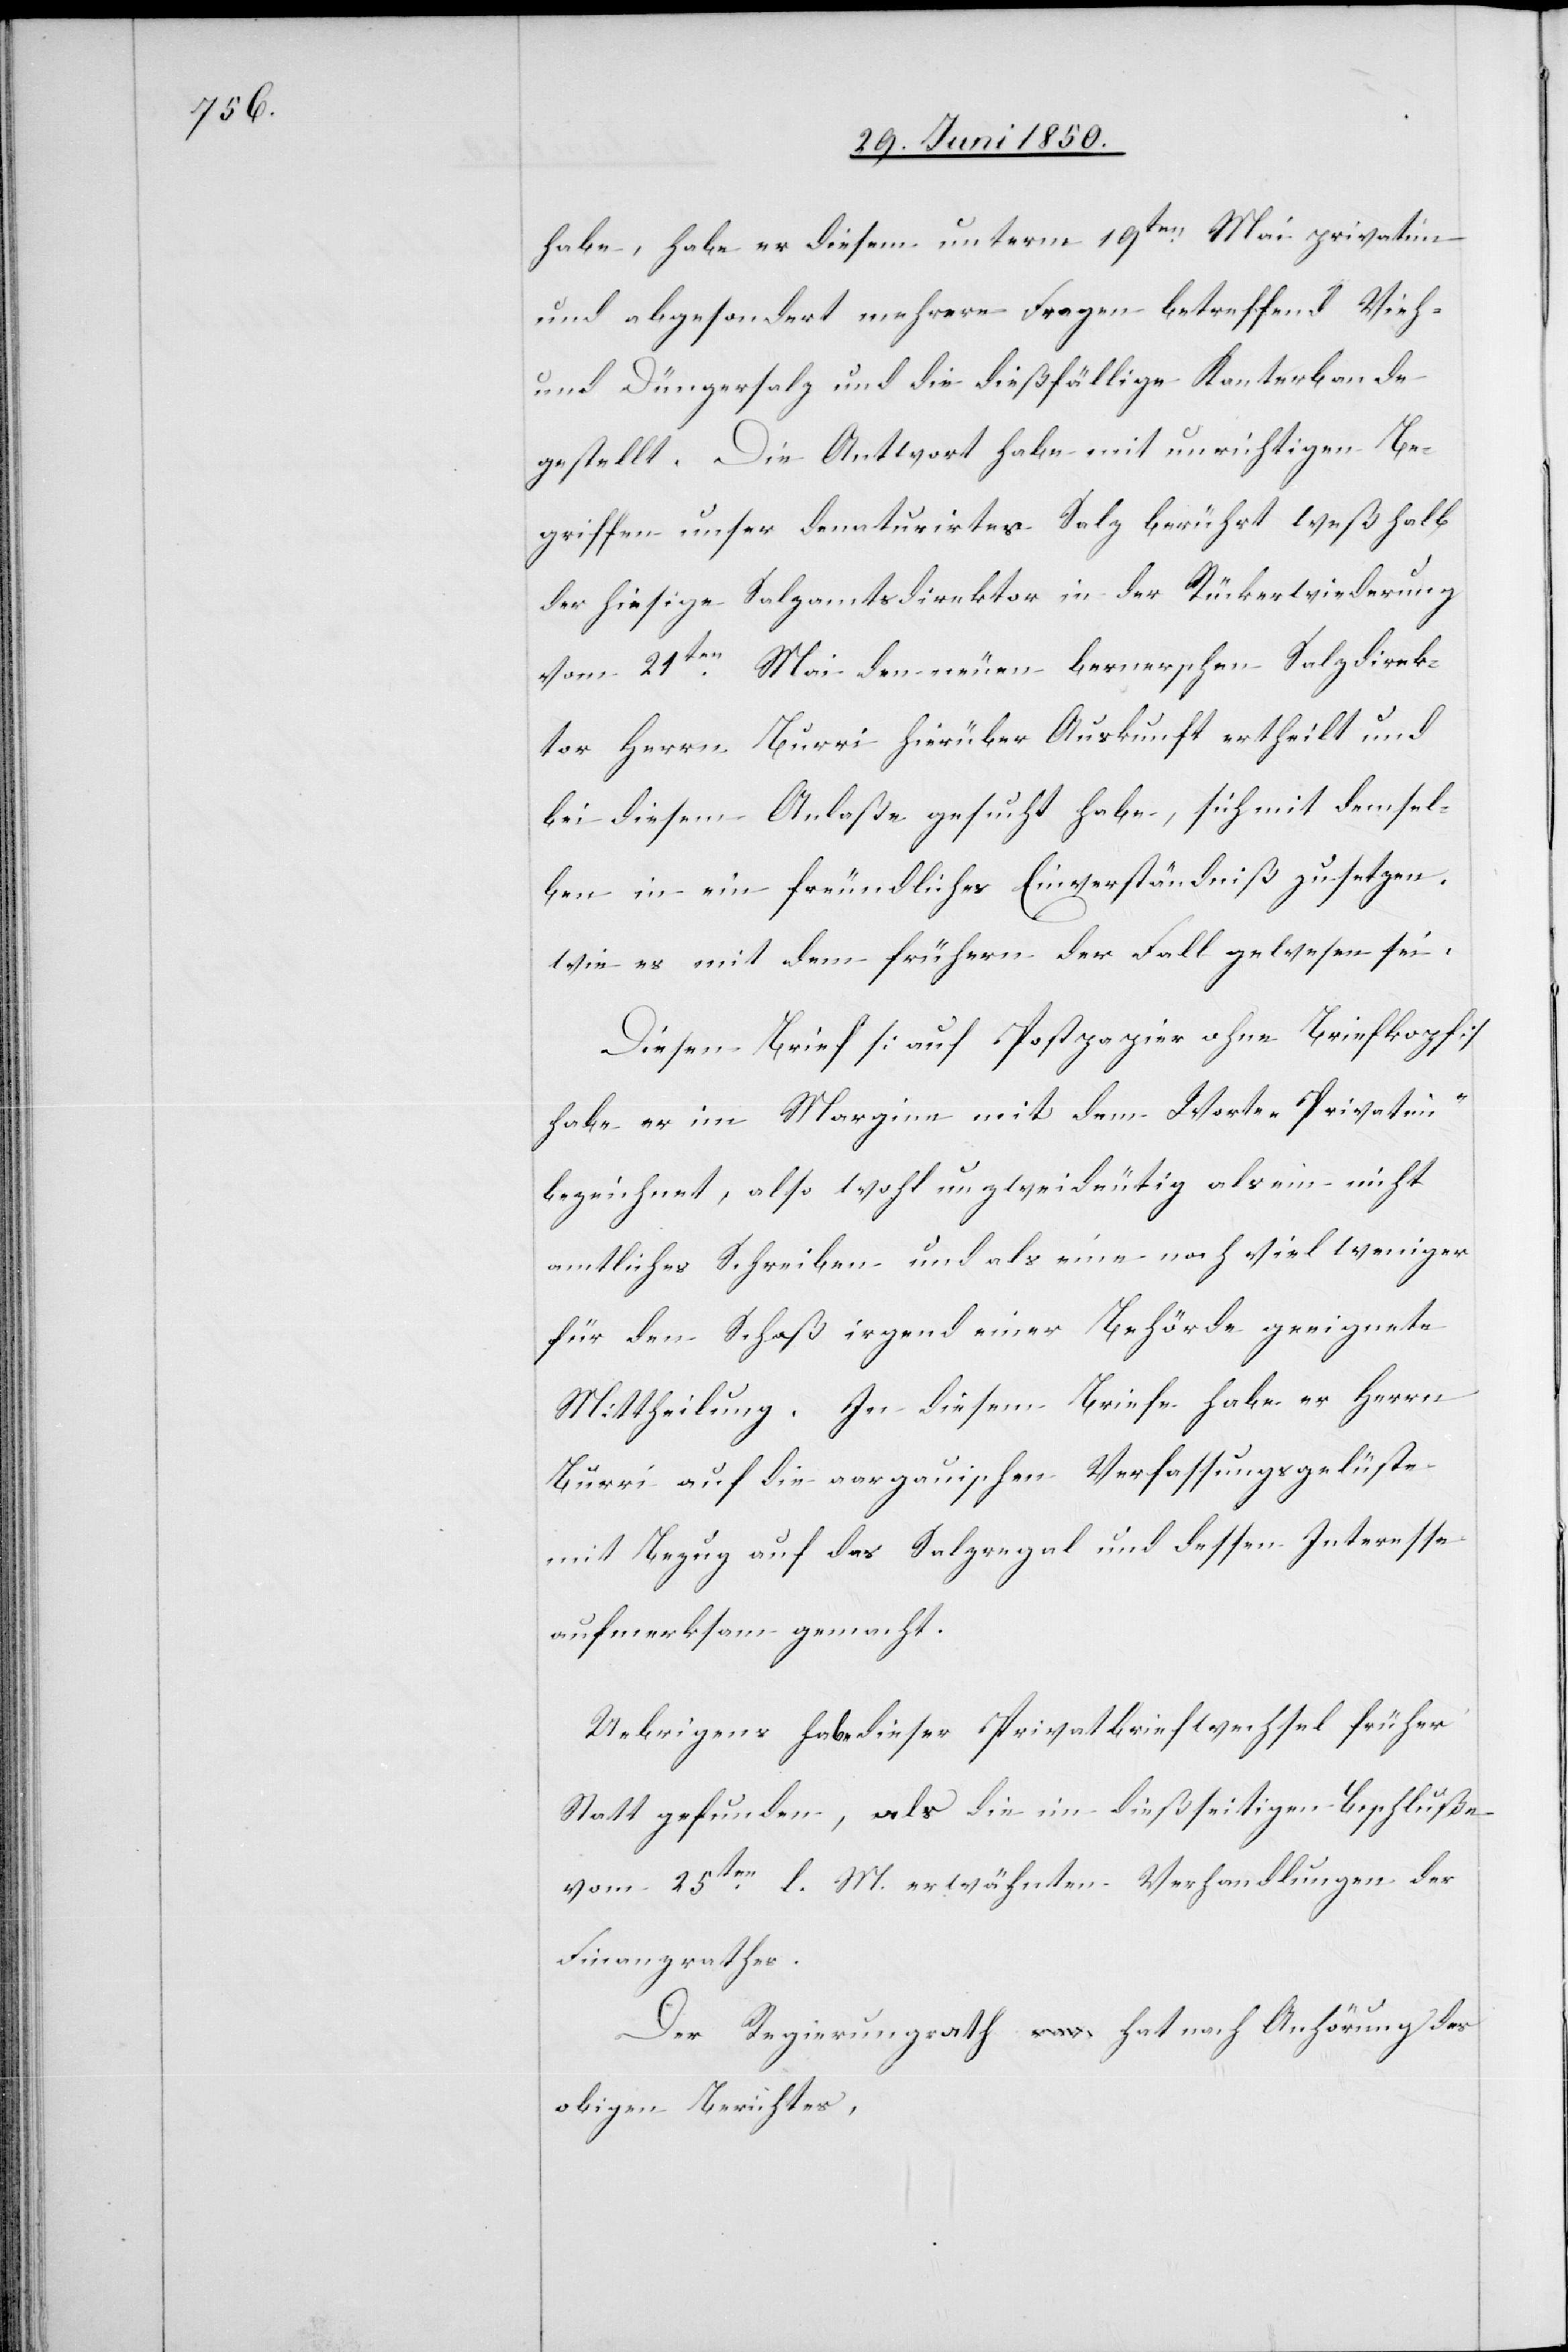
habe, habe er diesem unterm 19ten Mai privatim
und abgesondert mehrere Fragen betreffend Vieh-
und Düngersalz und die dießfällige Konterbande
gestellt. Die Antwort habe mit unrichtigen Be¬
griffen unser denaturirtes Salz berührt weßhalb
der hiesige Salzamtsdirektor in der Rückerwiederung
vom 21ten Mai den neuen bernerschen Salzdirek¬
tor Herrn Burri hierüber Auskunft ertheilt und
bei diesem Anlaße gesucht habe, sich mit demsel¬
ben in ein freundliches Einverständniß zu setzen,
wie es mit dem frühern der Fall gewesen sei.
Diesem Brief [auf Postpapier ohne Briefkopf]
habe er im Margine mit dem Worte „Privatim“
bezeichnet, also wohl unzweideutig als ein nicht
amtliches Schreiben und als eine noch viel weniger
für den Schoß irgend einer Behörde geeignete
Mittheilung. In diesem Briefe habe er Herrn
Burri auf die aargauischen Verfassungsgelüste
mit Bezug auf das Salzregal und dessen Interesse
aufmerksam gemacht.
Uebrigens habe dieser Privatbriefwechsel früher
Statt gefunden, als die im dießseitigen Beschluße
vom 25ten l. M. erwähnten Verhandlungen der
Finanzrathes
Der Regierungsrath hat nach Anhörung des
obigen Berichtes,